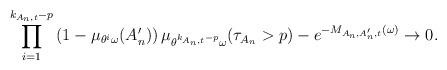
\begin{align*}\prod_{i=1}^{k_{A_n,t}-p}\left(1-\mu_{\theta^i\omega}(A_n')\right)\mu_{\theta^{k_{A_n,t}-p}\omega}(\tau_{A_n}>p) - e^{-M_{A_n, A_n',t}(\omega)} \to 0.\end{align*}